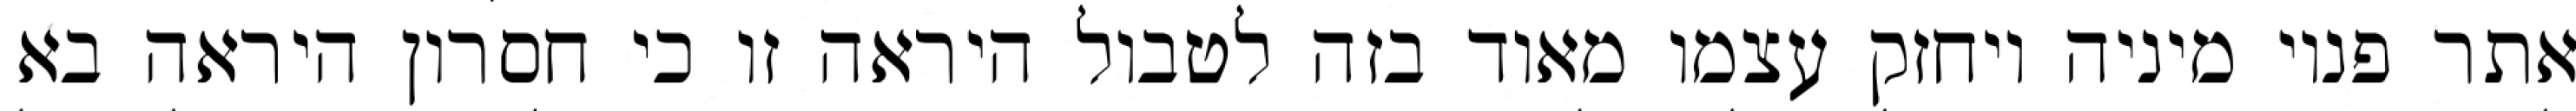
אתר פנוי מיניה ויחזק עצמו מאוד בזה לטבול היראה זו כי חסרון היראה בא